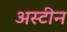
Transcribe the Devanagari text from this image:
अस्टीन